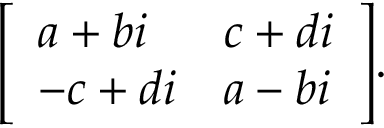
{ \left[ \begin{array} { l l } { a + b i } & { c + d i } \\ { - c + d i } & { a - b i } \end{array} \right] } .